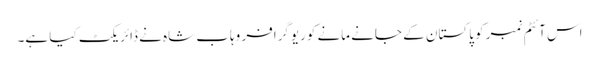
اس آئٹم نمبر کو پاکستان کے جانے مانے کوریوگرافر وہاب شاہ نے ڈائریکٹ کیا ہے۔